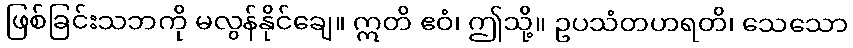
ဖြစ်ခြင်းသဘကို မလွန်နိုင်ချေ။ ဣတိ ဧဝံ၊ ဤသို့။ ဥပသံတဟရတိ၊ သေသော